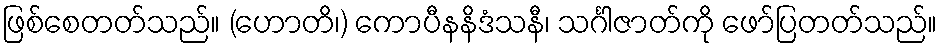
ဖြစ်စေတတ်သည်။ (ဟောတိ၊) ကောပီနနိဒံသနီ၊ သင်္ဂါဇာတ်ကို ဖော်ပြတတ်သည်။